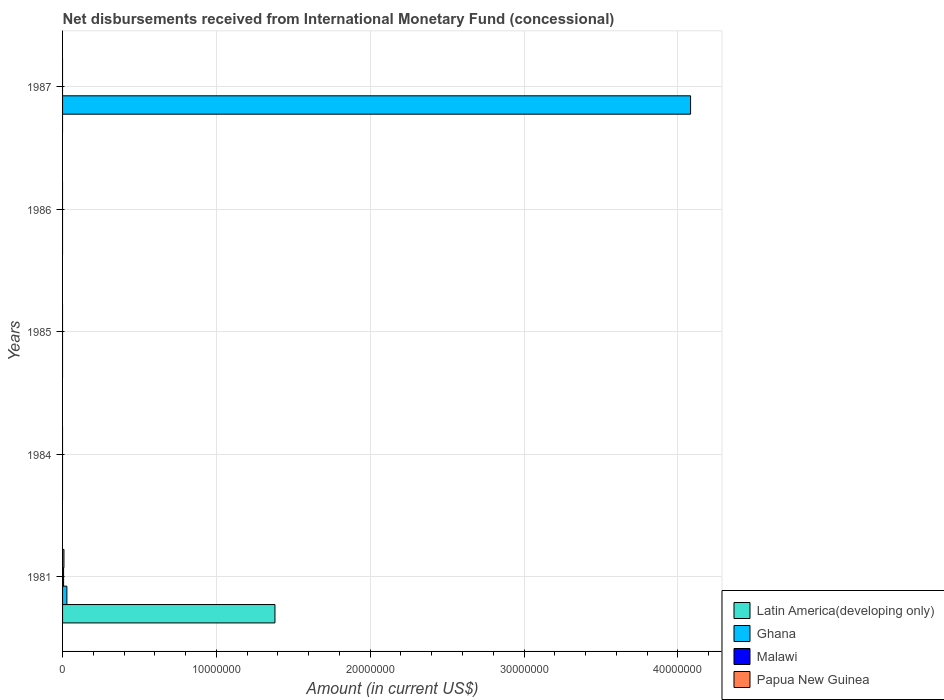
| Years | Latin America(developing only) | Ghana | Malawi | Papua New Guinea |
 | --- | --- | --- | --- | --- |
 | 1981 | 1.38e+07 | 2.81e+05 | 6.7e+04 | 9e+04 |
 | 1984 | -4.96e+06 | -1.14e+06 | -1.27e+06 | -1.7e+06 |
 | 1985 | -1.04e+07 | -7.2e+06 | -2.5e+06 | -1.68e+06 |
 | 1986 | -3.72e+05 | -1.14e+07 | -3.43e+06 | -4.57e+06 |
 | 1987 | -3.7e+07 | 4.08e+07 | -3.82e+06 | -5.1e+06 |